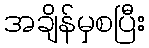
အချိန်မှစပြီး